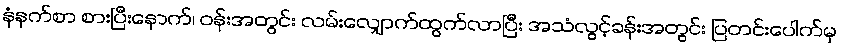
နံနက်စာ စားပြီးနောက်၊ ဝန်းအတွင်း လမ်းလျှောက်ထွက်လာပြီး အသံလွင့်ခန်းအတွင်း ပြတင်းပေါက်မှ